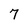
Character: 7